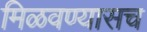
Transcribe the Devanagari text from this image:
मिळवण्यासच